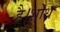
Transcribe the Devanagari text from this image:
है।शोध